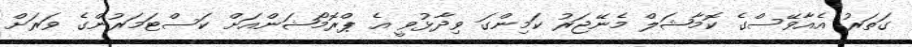
ގަތަރު އެއާވޭސްގެ ކޮމާޝަލް މެނޭޖަރު ކަމިންގަ ވިދާޅުވީ އެ ޕްރޮމޯޝަންއަށް ކަސްޓަމަރުންގެ ވަރަށް